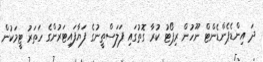
ދަ އިންޑެޕެންޑެންޓް ނޫހުން ރިޕޯޓު ކުރާ ގޮތުގައި ފަލަސްތީނުގެ ފަޔާފައިޓަރުންގެ ހަތަރު ޓީމަކުން